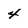
Character: 4